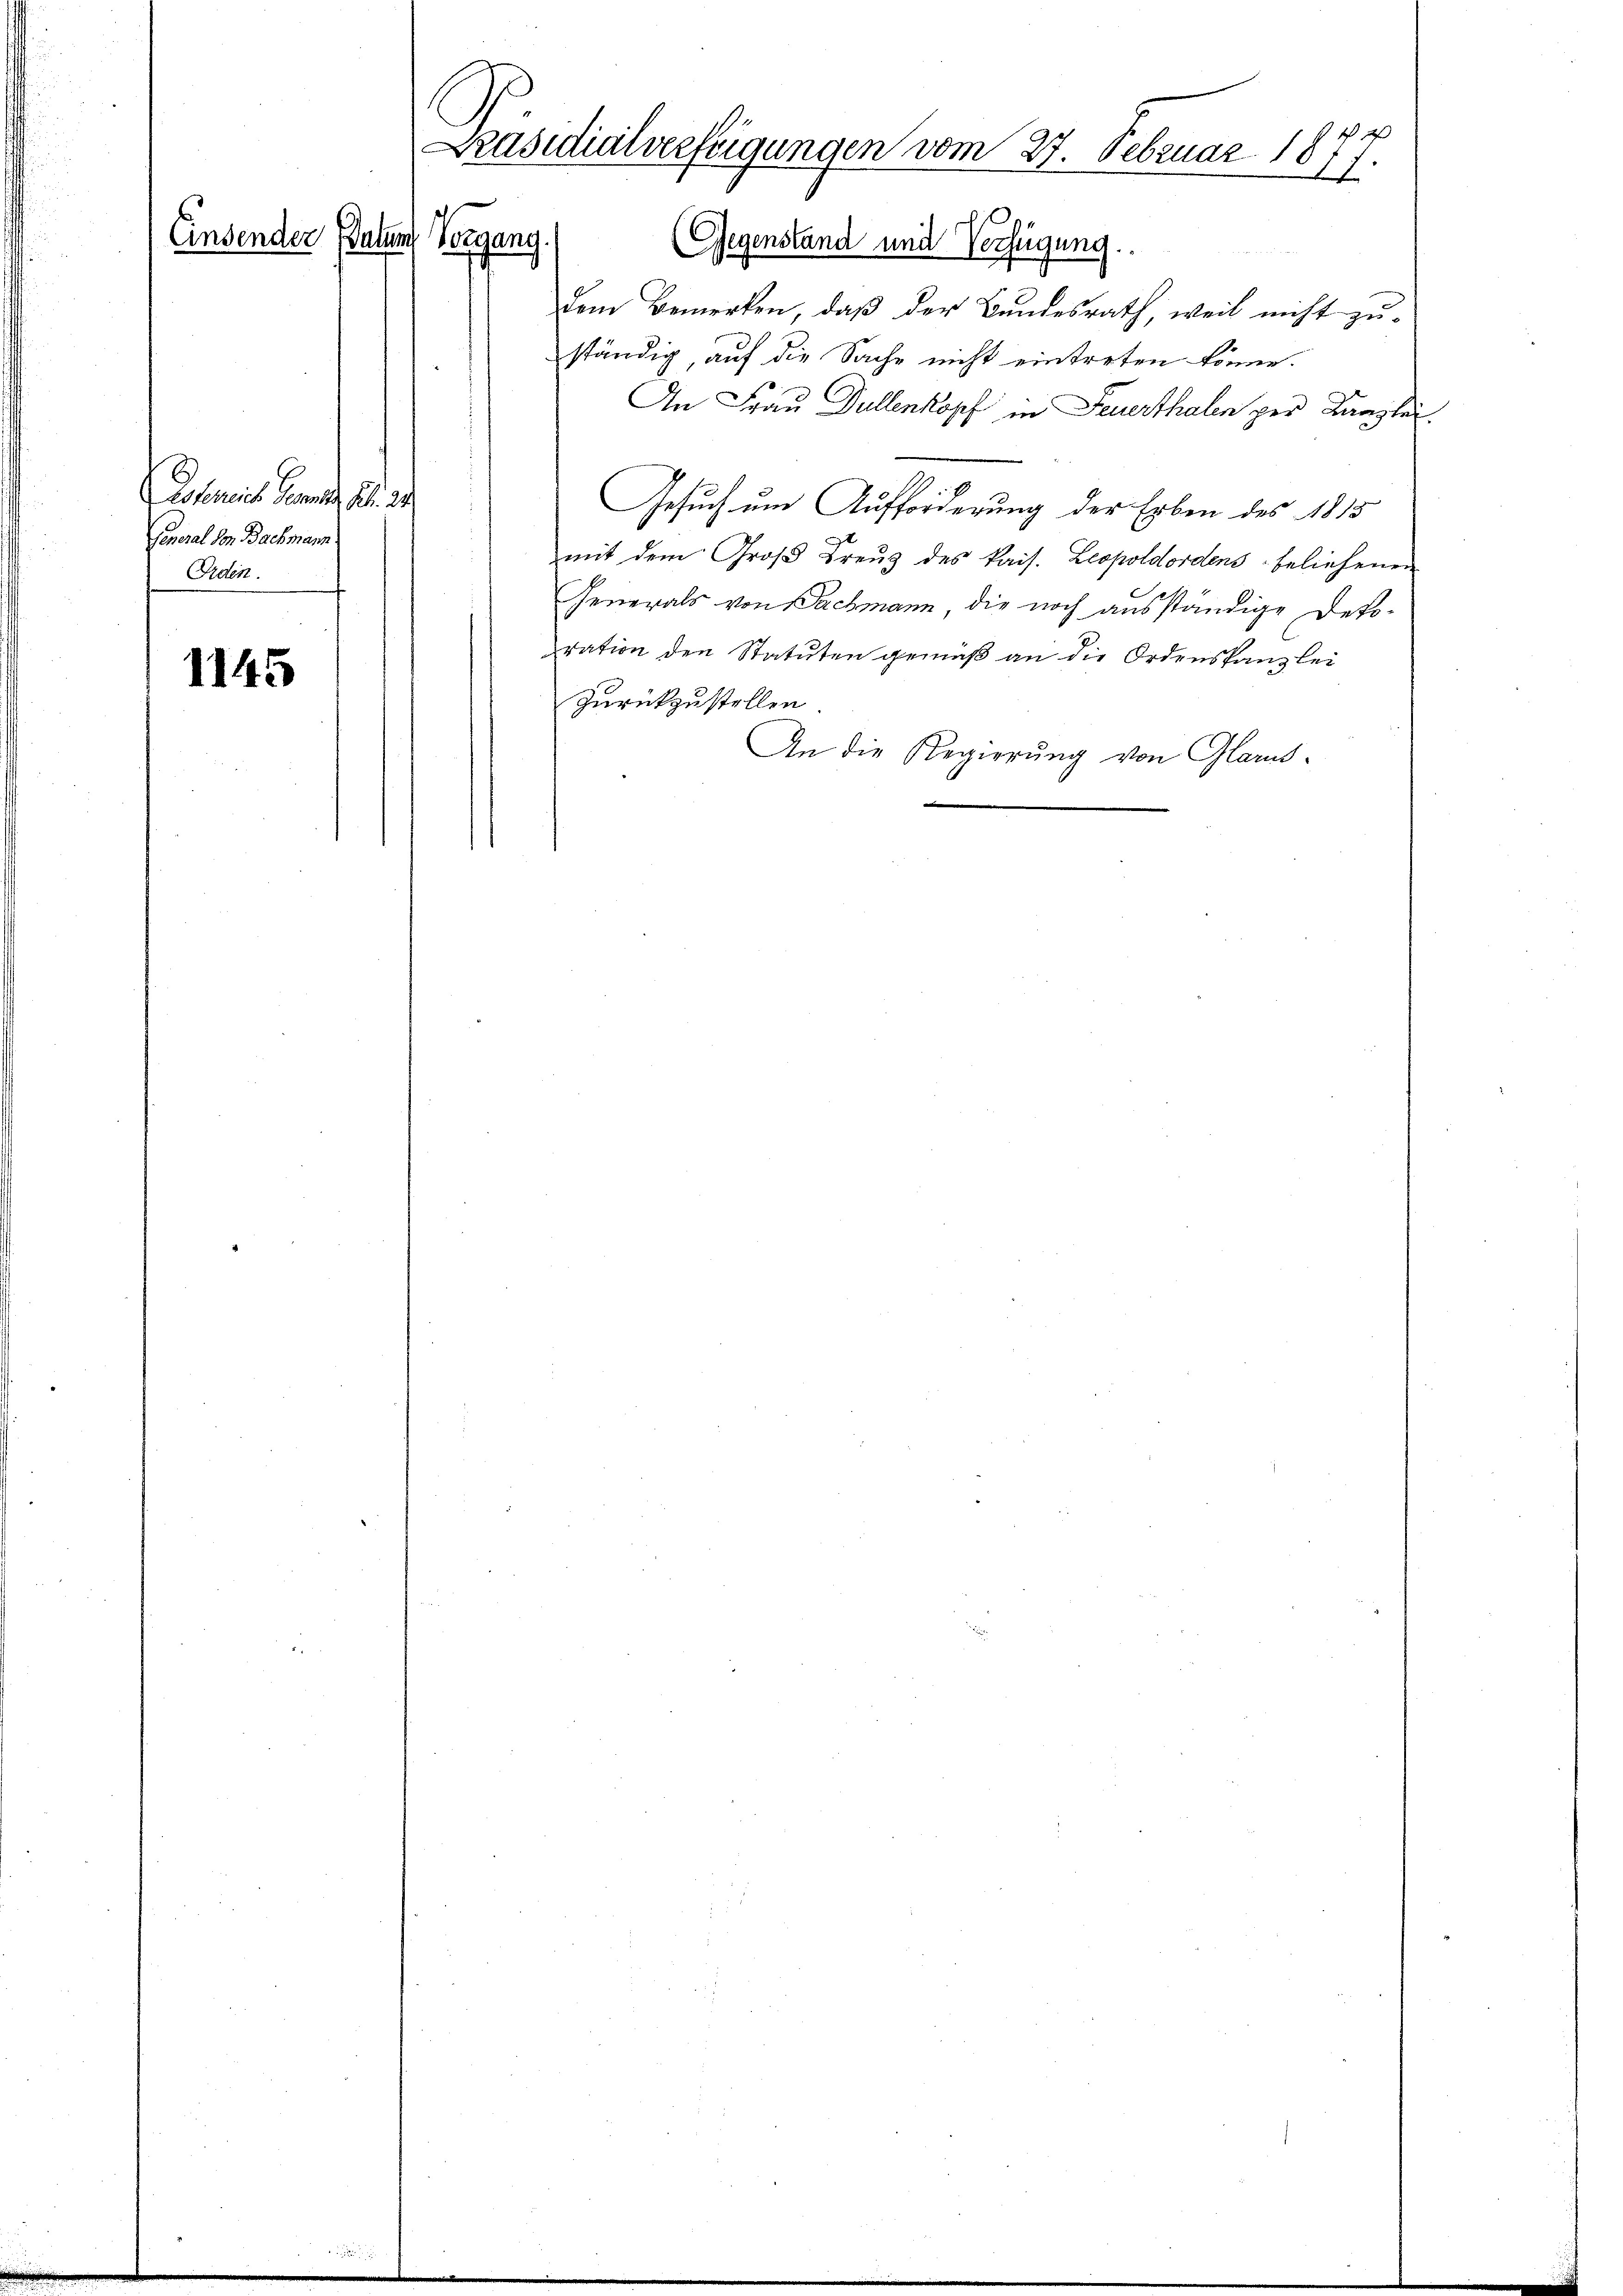
Askereiche Gemeindes Al. 24
General von Bachmann
Orden.

1145

Dem Bemerken, daß der Bundesrath, weil nicht zuständig, auf die Sache nicht eintreten könne.
An Frau Dullenkopf in Feuerthalen per Kanzlei
Gesuch um Aufforderung der Erben des 1815
mit dem Groß Kreuz des kais. Leopoldordens beliehenen
Generals von Bachmann, die noch ausständige Depo-
ration den Statuten gemäß an die Ordenstanzlei
Zurückzustellen
An die Regierung von Glarus.

Einsender Paten Vorgang.

Präsidialverfügungen vom 27. Februar 1877.

(Gegenstand und Verfügung.